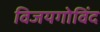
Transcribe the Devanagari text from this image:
विजयगोविंद